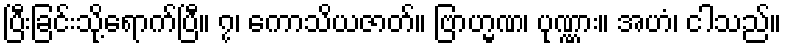
ပြီးခြင်းသို့ရောက်ပြီ။ ၇၊ ကောသိယဇာတ်။ ဗြာဟ္မဏ၊ ပုဏ္ဏား။ အဟံ၊ ငါသည်။